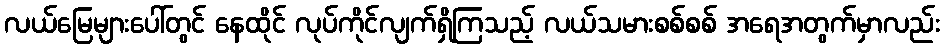
လယ်မြေများပေါ်တွင် နေထိုင် လုပ်ကိုင်လျက်ရှိကြသည့် လယ်သမားစစ်စစ် အရေအတွက်မှာလည်း